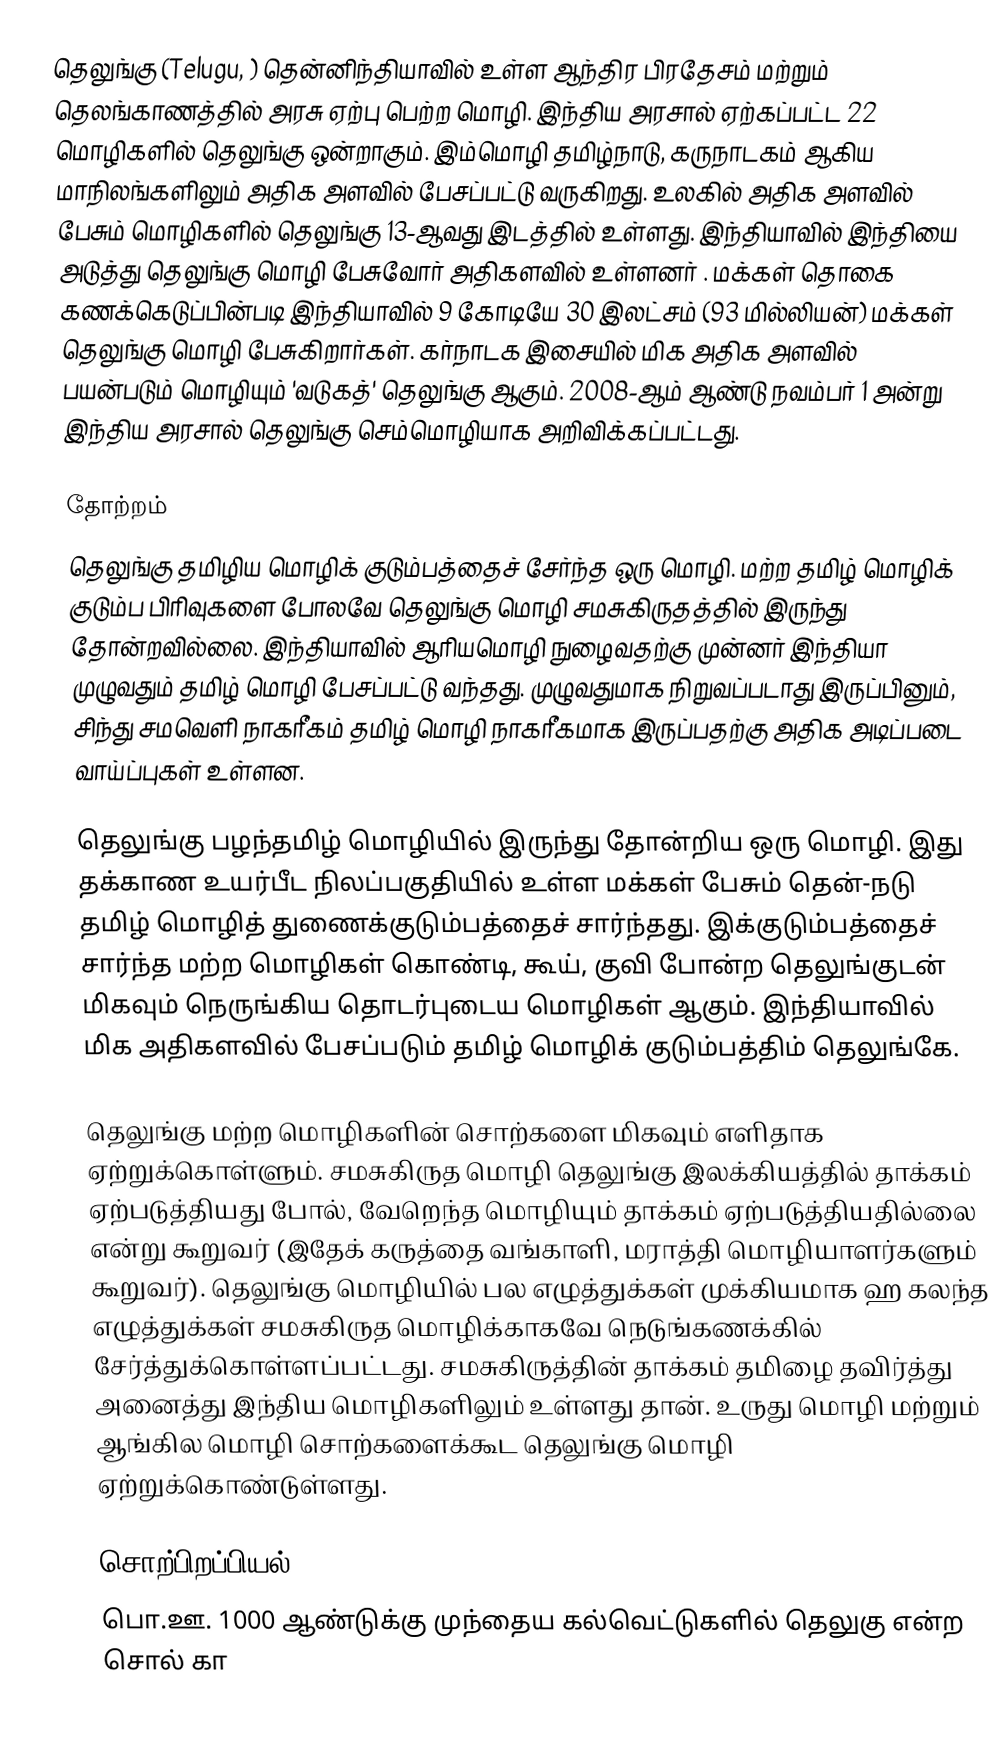
தெலுங்கு (Telugu, ) தென்னிந்தியாவில் உள்ள ஆந்திர பிரதேசம் மற்றும் தெலங்காணத்தில் அரசு ஏற்பு பெற்ற மொழி.  இந்திய அரசால் ஏற்கப்பட்ட 22 மொழிகளில் தெலுங்கு ஒன்றாகும். இம்மொழி தமிழ்நாடு, கருநாடகம் ஆகிய மாநிலங்களிலும் அதிக அளவில் பேசப்பட்டு வருகிறது. உலகில் அதிக அளவில் பேசும் மொழிகளில் தெலுங்கு 13-ஆவது இடத்தில் உள்ளது. இந்தியாவில் இந்தியை அடுத்து தெலுங்கு மொழி பேசுவோர் அதிகளவில் உள்ளனர் . மக்கள் தொகை கணக்கெடுப்பின்படி இந்தியாவில் 9 கோடியே 30 இலட்சம் (93 மில்லியன்) மக்கள் தெலுங்கு மொழி பேசுகிறார்கள். கர்நாடக இசையில் மிக அதிக அளவில் பயன்படும் மொழியும் 'வடுகத்' தெலுங்கு ஆகும். 2008-ஆம் ஆண்டு நவம்பர் 1 அன்று இந்திய அரசால் தெலுங்கு செம்மொழியாக அறிவிக்கப்பட்டது.

தோற்றம்
தெலுங்கு தமிழிய மொழிக் குடும்பத்தைச் சேர்ந்த ஒரு மொழி. மற்ற தமிழ் மொழிக் குடும்ப பிரிவுகளை போலவே தெலுங்கு மொழி  சமசுகிருதத்தில் இருந்து தோன்றவில்லை. இந்தியாவில் ஆரியமொழி  நுழைவதற்கு முன்னர் இந்தியா முழுவதும் தமிழ் மொழி பேசப்பட்டு வந்தது. முழுவதுமாக நிறுவப்படாது இருப்பினும், சிந்து சமவெளி நாகரீகம் தமிழ் மொழி நாகரீகமாக இருப்பதற்கு அதிக அடிப்படை வாய்ப்புகள் உள்ளன.

தெலுங்கு பழந்தமிழ் மொழியில் இருந்து தோன்றிய ஒரு மொழி. இது தக்காண உயர்பீட நிலப்பகுதியில் உள்ள மக்கள் பேசும் தென்-நடு தமிழ் மொழித் துணைக்குடும்பத்தைச் சார்ந்தது. இக்குடும்பத்தைச் சார்ந்த மற்ற மொழிகள் கொண்டி, கூய், குவி போன்ற தெலுங்குடன் மிகவும் நெருங்கிய தொடர்புடைய மொழிகள் ஆகும். இந்தியாவில் மிக அதிகளவில் பேசப்படும் தமிழ் மொழிக் குடும்பத்திம் தெலுங்கே.

தெலுங்கு மற்ற மொழிகளின் சொற்களை மிகவும் எளிதாக ஏற்றுக்கொள்ளும். சமசுகிருத மொழி தெலுங்கு இலக்கியத்தில் தாக்கம் ஏற்படுத்தியது போல், வேறெந்த மொழியும் தாக்கம் ஏற்படுத்தியதில்லை என்று கூறுவர் (இதேக் கருத்தை வங்காளி, மராத்தி மொழியாளர்களும் கூறுவர்). தெலுங்கு மொழியில் பல எழுத்துக்கள் முக்கியமாக ஹ கலந்த எழுத்துக்கள் சமசுகிருத மொழிக்காகவே நெடுங்கணக்கில் சேர்த்துக்கொள்ளப்பட்டது. சமசுகிருத்தின் தாக்கம் தமிழை தவிர்த்து அனைத்து இந்திய மொழிகளிலும் உள்ளது தான். உருது மொழி மற்றும் ஆங்கில மொழி சொற்களைக்கூட தெலுங்கு மொழி ஏற்றுக்கொண்டுள்ளது.

சொற்பிறப்பியல்
பொ.ஊ. 1000 ஆண்டுக்கு முந்தைய கல்வெட்டுகளில் தெலுகு என்ற சொல் கா